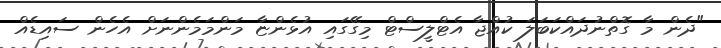
"ދެން މާ ގޮތްނުދައްކަބަލަ ކުއްޖާ އެޓްލީސްޓް މިގޭގައި އުޅެންޏާ މަންމަމެންނަށް އެހެން ސައިޑެއް